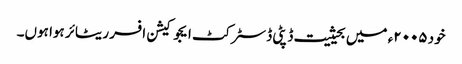
خود ۲۰۰۵ء میں بحیثیت ڈپٹی ڈسٹرکٹ ایجوکیشن افسر ریٹائر ہوا ہوں۔